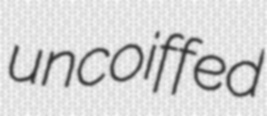
uncoiffed